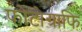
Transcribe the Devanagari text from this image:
फोटोग्राफि